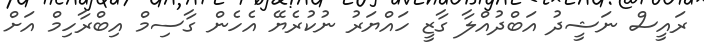
ރައީސް ނަޝީދު އަބްދުއްލާ ގާޒީ ހައްޔަރު ނުކުރެޔޭ އެހެން ގާސިމް އިބްރާހިމް އަށް